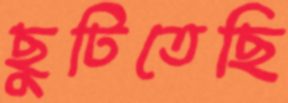
ছুটিতেছি